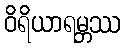
ဝိရိယာရမ္ဘဿ